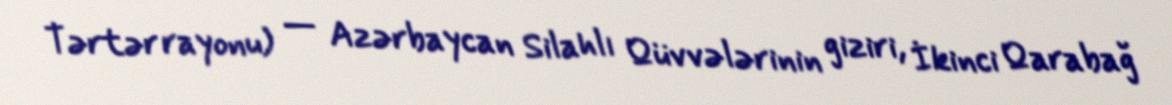
Tərtər rayonu) — Azərbaycan Silahlı Qüvvələrinin giziri, İkinci Qarabağ